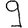
Digit: 9